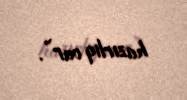
hazırlıq var”.